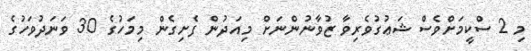
މި 2 ސްކީމަށްވެސް ޝަޢުގުވެރިވާ ޒުވާނުންނަށް މިއަދުން ފެށިގެން މިމަހުގެ 30 ވަނަދުވަހުގެ